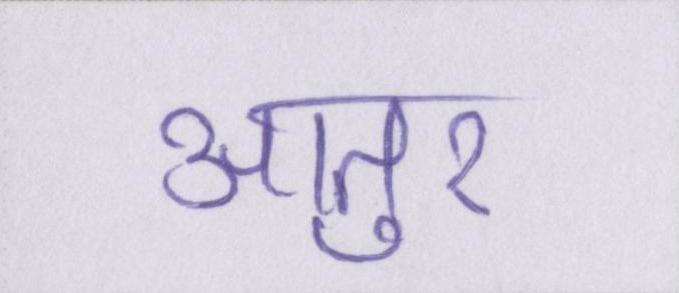
आतुर